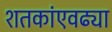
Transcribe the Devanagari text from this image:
शतकांएवढ्या